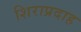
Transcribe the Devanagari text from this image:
शिराप्रदाह